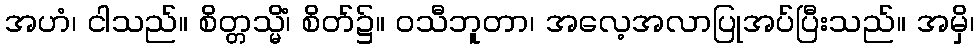
အဟံ၊ ငါသည်။ စိတ္တသ္မိံ၊ စိတ်၌။ ဝသီဘူတာ၊ အလေ့အလာပြုအပ်ပြီးသည်။ အမှိ၊